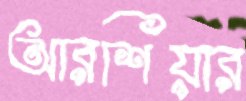
আরশিয়ার